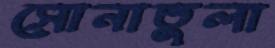
সোনাতুলা